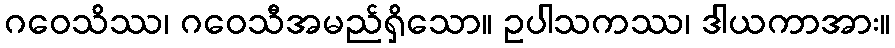
ဂဝေသိဿ၊ ဂဝေသီအမည်ရှိသော။ ဥပါသကဿ၊ ဒါယကာအား။